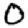
Digit: 0